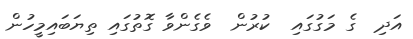
އަދިި  ގެ މަގުގައި  ކުރުން  ވެގެންވާ ގޮތުގައި ތިޔަބައިމީހުން